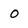
Character: 0